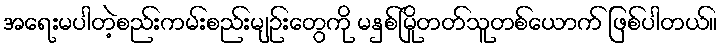
အရေးမပါတဲ့စည်းကမ်းစည်းမျဉ်းတွေကို မနှစ်မြိုတတ်သူတစ်ယောက် ဖြစ်ပါတယ်။